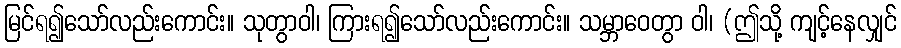
မြင်ရ၍သော်လည်းကောင်း။ သုတွာဝါ၊ ကြားရ၍သော်လည်းကောင်း။ သမ္ဘာဝေတွာ ဝါ၊ (ဤသို့ ကျင့်နေလျှင်